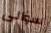
سؤالى